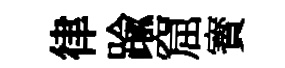
律踰窟寳